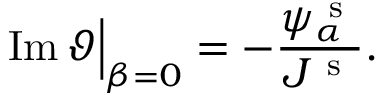
\operatorname { I m } \vartheta \Big \vert _ { \beta = 0 } = - \frac { \psi _ { \alpha } ^ { \mathrm { ~ s ~ } } } { J ^ { \mathrm { ~ s ~ } } } .